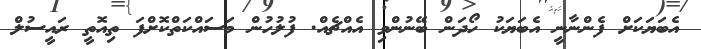
އެބަޔަކަށް ފެންނާނީ އެބަޔަކު ހޯދަން ބޭނުންވި އެއްޗެއް. ފުލުހުން މަސައްކަތްކޮށްފަ ތިއޮތީ ރައީސުލް